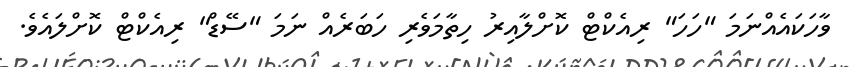
ވާހަކައެއްނަމަ "ހަހަ" ރިއެކްޓް ކޮށްލާއިރު ހިތާމަވެރި ހަބަރެއް ނަމަ "ސޭޑް" ރިއެކްޓް ކޮށްލައެވެ.